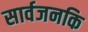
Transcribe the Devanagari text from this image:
सार्वजनकि